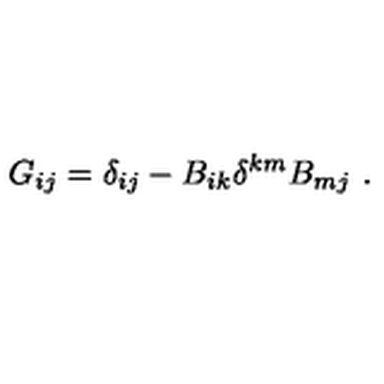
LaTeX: G _ { i j } = \delta _ { i j } - B _ { i k } \delta ^ { k m } B _ { m j } \ .